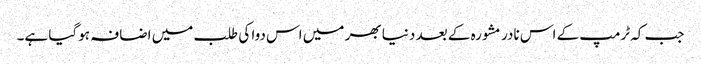
جب کہ ٹرمپ کے اس نادر مشورہ کے بعد دنیا بھر میں اس دوا کی طلب میں اضافہ ہوگیا ہے۔